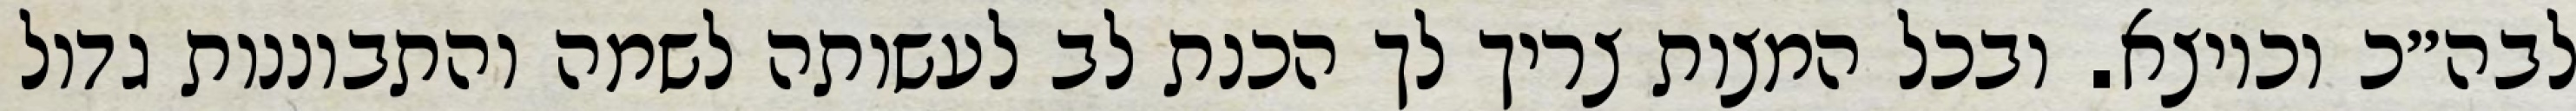
לבה״כ וכיוצא. ובכל המצות צריך לך הכנת לב לעשותה לשמה והתבוננות גדול